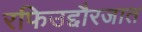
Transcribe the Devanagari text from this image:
रफिउद्दौरजात